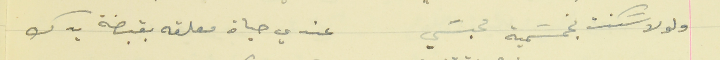
ولولا سَكنت بخمسَمية محبسَي                              عندي حياة معلقه بقبضة يدك